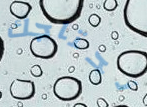
نحتاجك